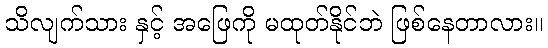
သိလျက်သား နှင့် အဖြေကို မထုတ်နိုင်ဘဲ ဖြစ်နေတာလား။